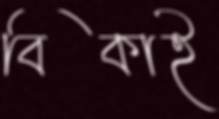
বিকাই